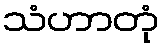
သံဟာတုံ